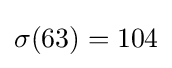
\sigma (63)=104